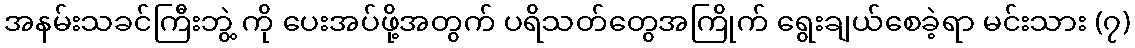
အနမ်းသခင်ကြီးဘွဲ့ ကို ပေးအပ်ဖို့အတွက် ပရိသတ်တွေအကြိုက် ရွေးချယ်စေခဲ့ရာ မင်းသား (၇)